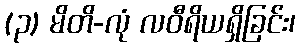
(၃) မိတိ-လုံ လဝီရိယရှိခြင်း၊